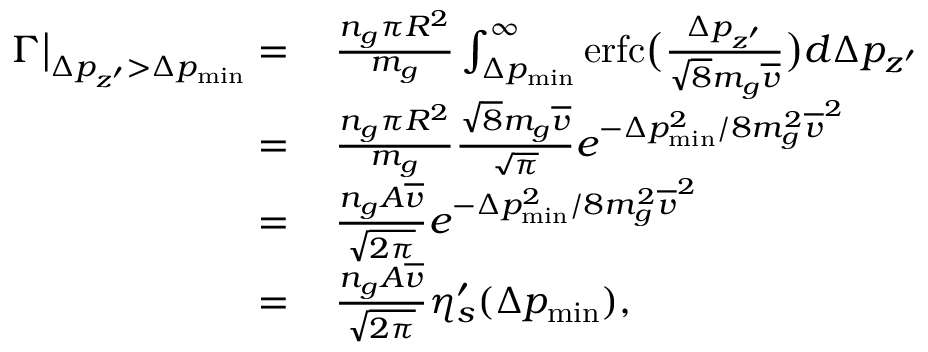
\begin{array} { r l } { \Gamma \big | _ { \Delta p _ { z ^ { \prime } } > \Delta p _ { \mathrm { m i n } } } = } & { \, \frac { n _ { g } \pi R ^ { 2 } } { m _ { g } } \int _ { \Delta p _ { \mathrm { m i n } } } ^ { \infty } \mathrm { e r f c } \big ( \frac { \Delta p _ { z ^ { \prime } } } { \sqrt { 8 } m _ { g } \overline { { v } } } \big ) d \Delta p _ { z ^ { \prime } } } \\ { = } & { \, \frac { n _ { g } \pi R ^ { 2 } } { m _ { g } } \frac { \sqrt { 8 } m _ { g } \overline { { v } } } { \sqrt { \pi } } e ^ { - \Delta p _ { \mathrm { m i n } } ^ { 2 } / 8 m _ { g } ^ { 2 } \overline { { v } } ^ { 2 } } } \\ { = } & { \, \frac { n _ { g } A \overline { { v } } } { \sqrt { 2 \pi } } e ^ { - \Delta p _ { \mathrm { m i n } } ^ { 2 } / 8 m _ { g } ^ { 2 } \overline { { v } } ^ { 2 } } } \\ { = } & { \, \frac { n _ { g } A \overline { { v } } } { \sqrt { 2 \pi } } \eta _ { s } ^ { \prime } ( \Delta p _ { \mathrm { m i n } } ) , } \end{array}